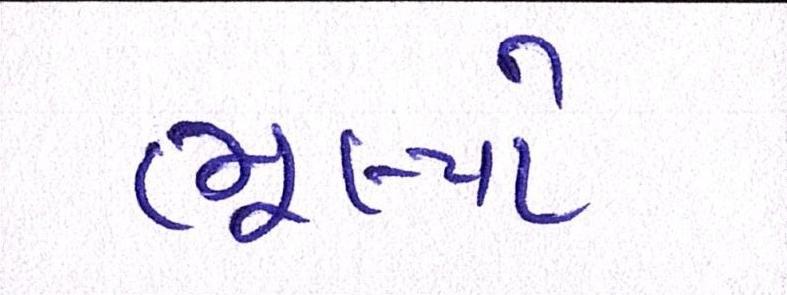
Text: ભૂલ્યો